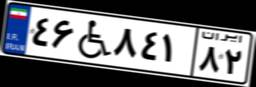
۴۶W۸۴۱۸۲